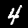
Label: 4